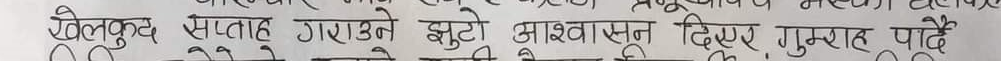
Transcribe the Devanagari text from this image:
खेलकुद सप्ताह गराउने झुटो आश्वासन दिएर गुमराह पार्दै